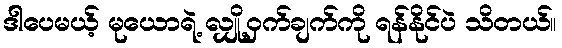
ဒါပေမယ့် မုယောရဲ့ လျှို့ဝှက်ချက်ကို ရန်နိုင်ပဲ သိတယ်။